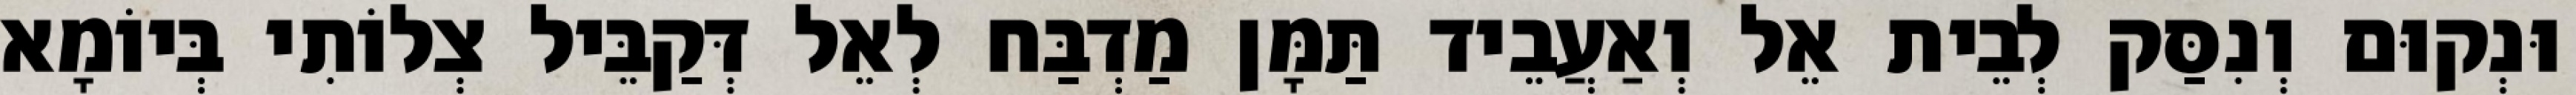
וּנְקוּם וְנִסַּק לְבֵית אֵל וְאַעֲבֵיד תַּמָּן מַדְבַּח לְאֵל דְּקַבֵּיל צְלוֹתִי בְּיוֹמָא